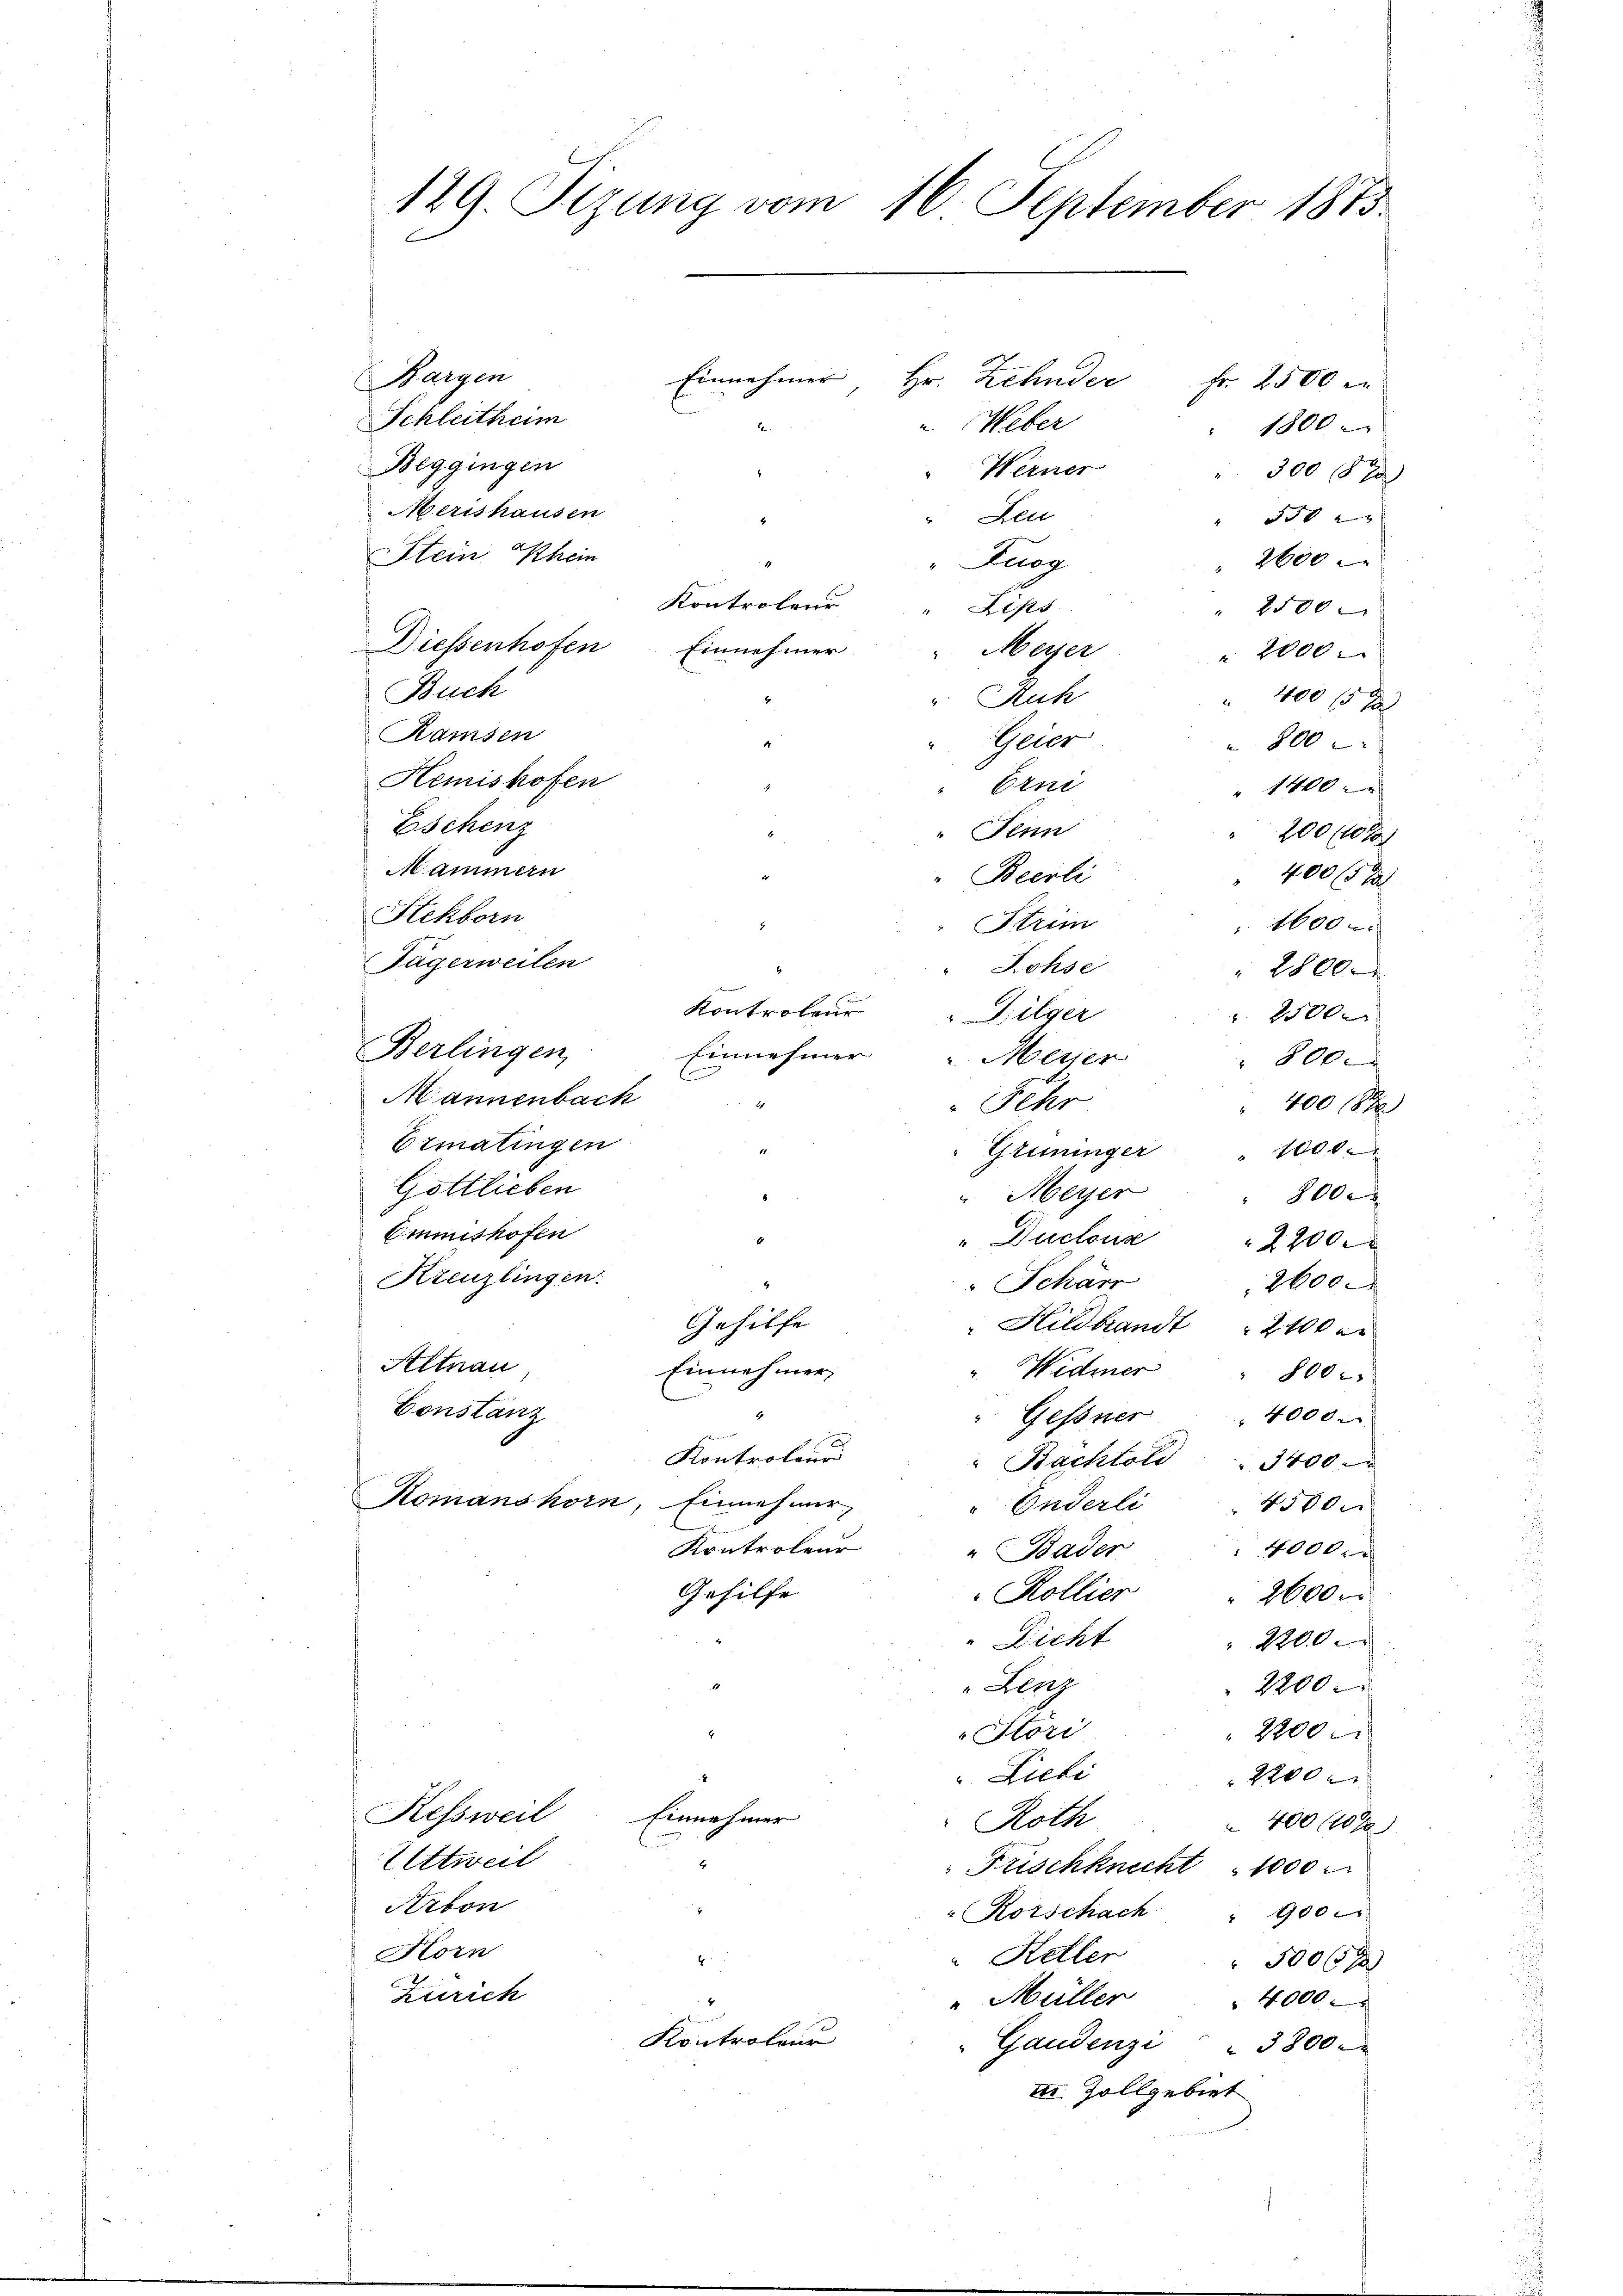
Einnehmer Hr. Zehnder
Schleithum
2.
" Weber
Beggingen
Werner
Merishausen
Leu
Stein Rhein
"Duog
Kontroleur
Lips
Diessenhofen Einnehmer
Meiser
Buch
v. Kuh
Ramsen
Geier
 800
4
Hemishofen
Erni
Eschenz
" Denn
Hammern
" Beerli
Stckborn
Strim
Jägerweilen
Rohse
Kontroler " Pilger
Berlingen,
Einnehmer Meier
Mannenbach
Fehr
Ermatingen
Grüninger
Gottlieben
Meyer
0
Emmishofen
"Duclous
2200.
Kreuzlingen.
Schärr
2600
Gehilfe
" Hildbandt 2400 er
Altnau
Einnehmer
Widmer " 800
Constanz
1
"Gessner 4000.
Kontroleur
 Bachtold  .. 3400
Komanshorn, Einnehmer,
400
Enderli
Kontrolen
40000
" Bader
Gehilfe
Rollier
2600.
 Dicht
2200
" Lenz
2200
Stori
2200
Liebi
2200
Kessweil
Einnehmer
Roth
 400 10 x
Eittweil
Frischknecht 1000
Arbon
Korschach
" 900
Korn
" Keller
6
5006
Zürich
 Müller
 4000
Kontroleur
"Gaudenzi " 3800.
II. Zollgebiet

Bargen

129. Sizung vom 16. September 1873.

Fr. 2500 er

1800.

3008 x
5582
 2600
2500
 2000
400 15 x
 1400
200 fl
 400 f 12
 1600 r
2800.
210xx
 800.
400 18
1000